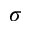
\sigma